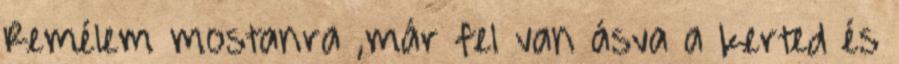
Remélem mostanra ,már fel van ásva a kerted és